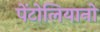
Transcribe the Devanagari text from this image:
पेंटोलियानो